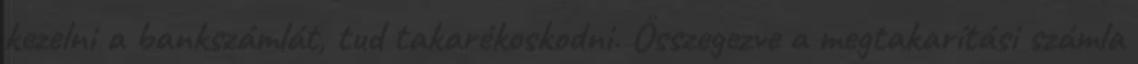
kezelni a bankszámlát, tud takarékoskodni. Összegezve a megtakarítási számla